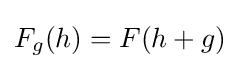
F_{g}(h)=F(h+g)